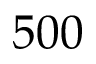
5 0 0